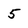
Character: 5